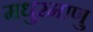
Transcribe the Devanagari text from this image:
मधुरमाणु